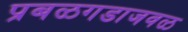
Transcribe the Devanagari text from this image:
प्रबळगडाजवळ